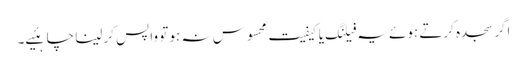
اگر سجدہ کرتے ہوئے یہ فیلنگ یا کیفیت محسوس نہ ہو تو واپس کر لینا چاہئیے۔